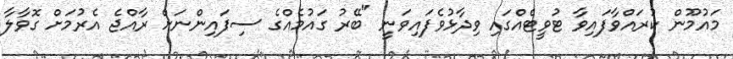
މައުމޫން ކުރައްވާފައިވާ ޓުވީޓެއްގައި ވިދާޅުވެފައިވަނީ "ބޭރު ގައުމެއްގެ ސިފައިންނަށް ރާއްޖެ އެރުމަށް ގޮވާލާ